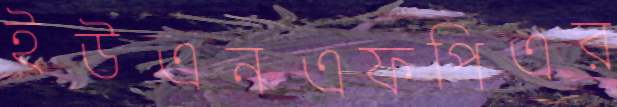
ইউএনএফপিএর